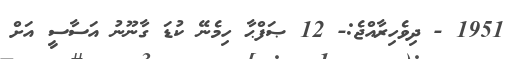
1951 - ދިވެހިރާއްޖެ:- 12 ޞަފްޙާ ހިމެނޭ ކުޑަ ގާނޫނު އަސާސީ އަށް